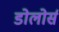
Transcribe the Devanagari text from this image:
डोलोर्स